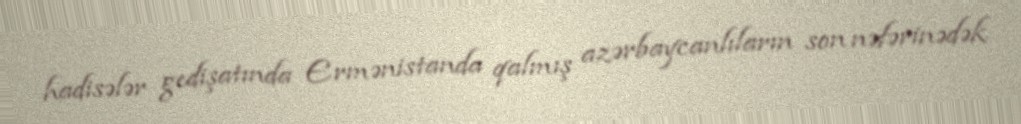
hadisələr gedişatında Ermənistanda qalmış azərbaycanlıların son nəfərinədək